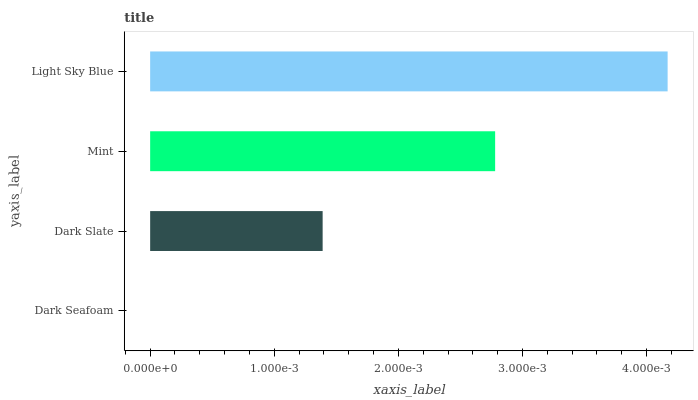
| yaxis_label | bars |
 | --- | --- |
 | Dark Seafoam | 0 |
 | Dark Slate | 0.00139 |
 | Mint | 0.00278 |
 | Light Sky Blue | 0.00417 |